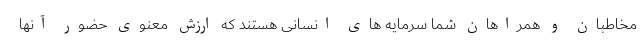
مخاطبان و همراهان شما سرمایه های انسانی هستند که ارزش معنوی حضور آنها